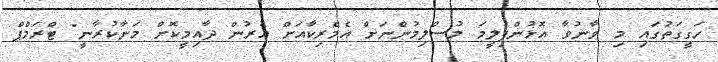
ހަގީގަތުގައި މި ވާނުވާ އޮޅުންފިލީމަ މުސްލިމުންނަށް އެމެރިކާއަށް އެރުން ދާއިމީކޮށް މަނާކުރާނީ" ޓްރަމްޕް